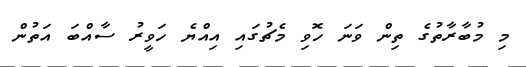
މި މުބާރާތުގެ ތިން ވަނަ ހޮވި މެޗުގައި އިއްޔެ ހަވީރު ސާއްބަ އަތުން